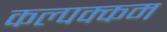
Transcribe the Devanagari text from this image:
कल्पक्कम